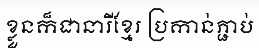
ខ្លួនក៏ជានារីខ្មែរ ប្រកាន់ភ្ជាប់